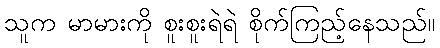
သူက မာမားကို စူးစူးရဲရဲ စိုက်ကြည့်နေသည်။